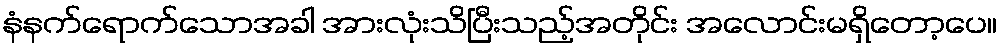
နံနက်ရောက်သောအခါ အားလုံးသိပြီးသည့်အတိုင်း အလောင်းမရှိတော့ပေ။